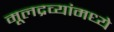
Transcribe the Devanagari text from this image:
मूलद्रव्यांमध्ये